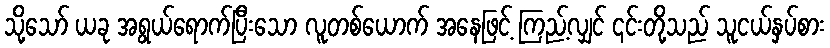
သို့သော် ယခု အရွယ်ရောက်ပြီးသော လူတစ်ယောက် အနေဖြင့် ကြည့်လျှင် ၎င်းတို့သည် သူငယ်နှပ်စား